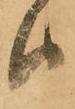
候